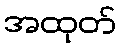
အထုတ်